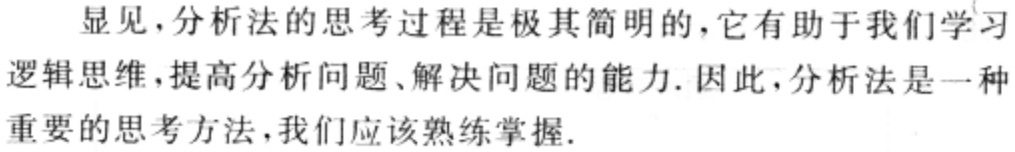
显见，分析法的思考过程是极其简明的，它有助于我们学习逻辑思维，提高分析问题、解决问题的能力. 因此，分析法是一种重要的思考方法，我们应该熟练掌握.